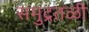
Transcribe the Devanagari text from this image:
समुद्रतळी